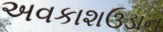
અવકાશઉડાન